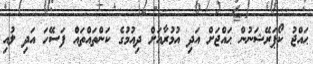
ޙައްޖު ކޯޕަރޭޝަނުން ޙައްޖަށް އަދި އުމުރާއަށް ދިއުމުގެ ކަންތައްތައް ފަސޭހަ އަދި ލުއި